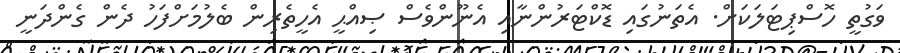
ވަގުތީ ހޮސްޕިޓަލަކަށް. އެތަނުގައި ޑޮކްޓަރުންނާއި އެނޫންވެސް ޞިއްޙީ އެހީތެރިން ބެލުމަށްފަހު ދެން ގެންދަނީ